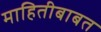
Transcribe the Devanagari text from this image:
माहितीबाबत